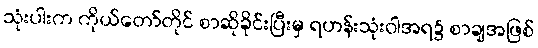
သုံးပါးက ကိုယ်တော်တိုင် စာဆိုခိုင်းပြီးမှ ရဟန်းသုံးဝါအရ၌ စာချအဖြစ်